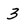
Character: 3